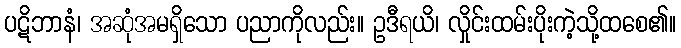
ပဋိဘာနံ၊ အဆုံအမရှိသော ပညာကိုလည်း။ ဥဒီရယိ၊ လှိုင်းထမ်းပိုးကဲ့သို့ထစေ၏။